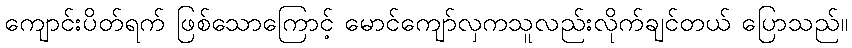
ကျောင်းပိတ်ရက် ဖြစ်သောကြောင့် မောင်ကျော်လှကသူလည်းလိုက်ချင်တယ် ပြောသည်။